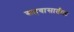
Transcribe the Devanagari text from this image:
सहवासातील